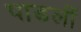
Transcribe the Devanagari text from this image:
पाडलीं